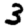
Digit: 3